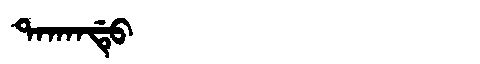
Manchu: ᡨᠠᡴᠠᠨᡩᡠ
Romanization: TAKANDU